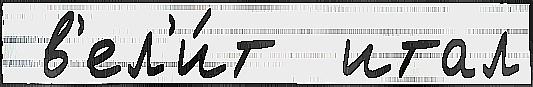
 в'ел'и́т  итал